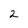
Character: 2